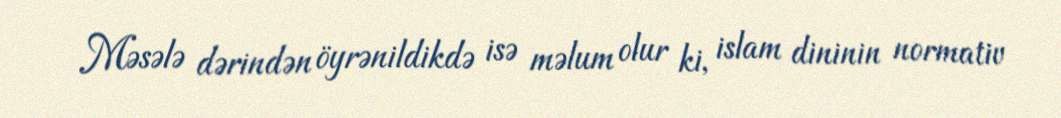
Məsələ dərindən öyrənildikdə isə məlum olur ki, islam dininin normativ